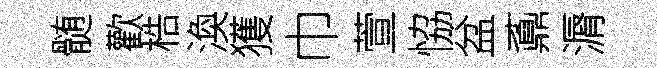
髄歡梏渙獲巾萱恊盆鼒漘